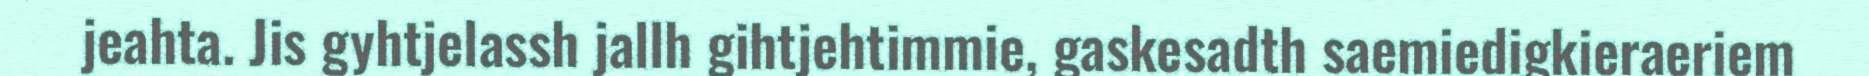
jeahta. Jis gyhtjelassh jallh gihtjehtimmie, gaskesadth saemiedigkieraeriem